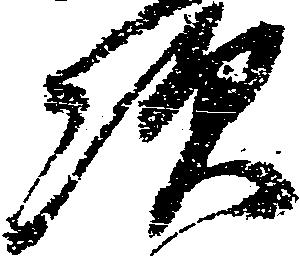
次